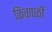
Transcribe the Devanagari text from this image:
किंकाळी